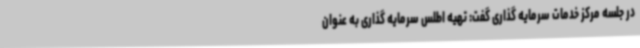
در جلسه مرکز خدمات سرمایه گذاری گفت: تهیه اطلس سرمایه گذاری به عنوان